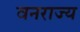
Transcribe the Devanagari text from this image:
वनराज्य